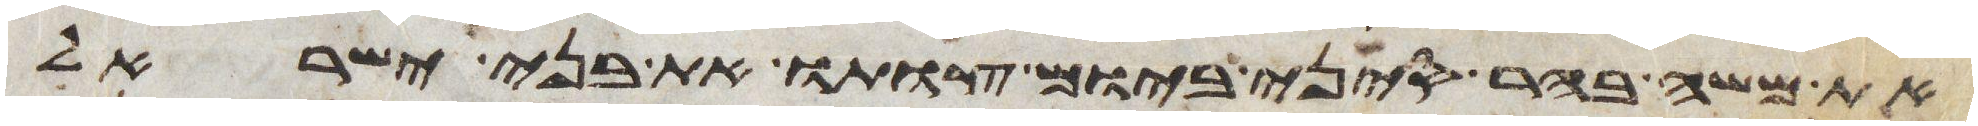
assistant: את משה בהר סיני ביום צותו את בני ישראל